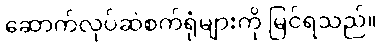
ဆောက်လုပ်ဆဲစက်ရုံများကို မြင်ရသည်။